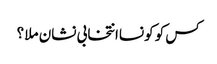
کس کو کونساانتخابی نشان ملا ؟